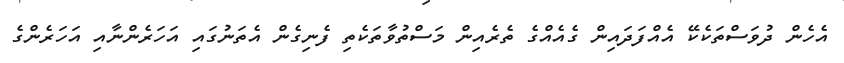
އެހެން ދުވަސްތަކެކޭ އެއްފަދައިން ގެއެއްގެ ތެރެއިން މަސްތުވާތަކެތި ފެނިގެން އެތަނުގައި އަހަރެންނާއި އަހަރެންގެ